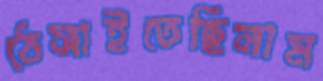
ঠেসাইতেছিলাম